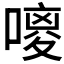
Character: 𪢃